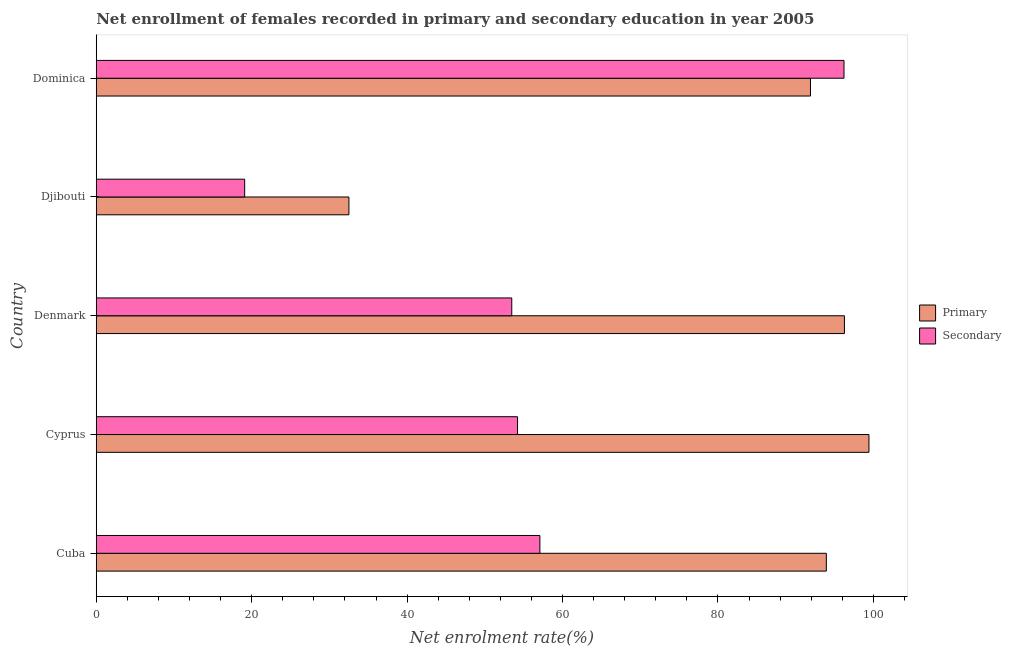
| Country | Primary | Secondary |
 | --- | --- | --- |
 | Cuba | 94 | 57.1 |
 | Cyprus | 99.4 | 54.2 |
 | Denmark | 96.3 | 53.5 |
 | Djibouti | 32.5 | 19.1 |
 | Dominica | 91.9 | 96.2 |